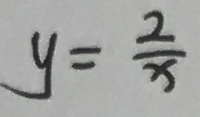
y = \frac { 2 } { x }